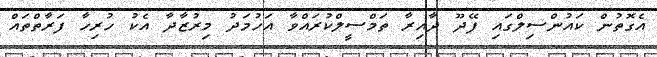
އެގޮތުން ކައުންސިލްގައި ފޭދޫ ދާއިރާ ތަމްސީލްކުރައްވާ އަހުމަދު މިރުޒާދާ އެކު ހުރިހާ ފަރާތްތައް